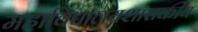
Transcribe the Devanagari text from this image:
महाविद्यालयशासकीय